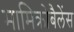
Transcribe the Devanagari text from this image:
मामिक्रोबैलेंस